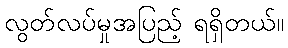
လွတ်လပ်မှုအပြည့် ရရှိတယ်။